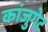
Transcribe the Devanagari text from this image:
कांजुगेट